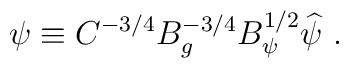
\psi \equiv C^{-3/4} B_g^{-3/4} B^{1/2}_\psi \widehat\psi\ .